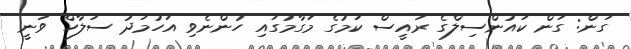
ގަން: ގަން ކައުންސިލްގެ ރައީސް ކަމުގެ މަގާމުގައި ހުންނެވި އަހުމަދު ސަލާހް ވަނީ